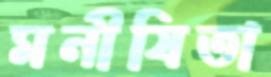
মনীষিতা